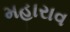
મહારાવ